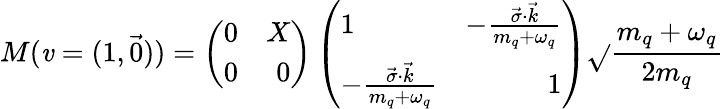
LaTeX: M(\mathit{v}=(1,\vec{{0}}))=\left(\begin{array}{lr}{{0}}&{{X}}\\ {{0}}&{{0}}\end{array}\right)\left(\begin{array}{lr}{{1}}&{{-\frac{\vec{\sigma}\cdot\vec{k}}{m_{q}+\omega_{q}}}}\\ {{-\frac{\vec{\sigma}\cdot\vec{k}}{m_{q}+\omega_{q}}}}&{{1}}\end{array}\right)\sqrt{}{{\frac{{m_{q}+\omega_{q}}}{{2m_{q}}}}}